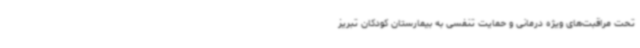
تحت مراقبت‌های ویژه درمانی و حمایت تنفسی به بیمارستان کودکان تبریز